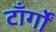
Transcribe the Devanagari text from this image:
टाँर्गों